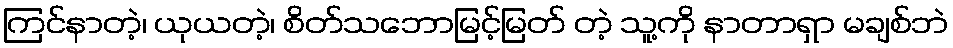
ကြင်နာတဲ့၊ ယုယတဲ့၊ စိတ်သဘောမြင့်မြတ် တဲ့ သူ့ကို နာတာရှာ မချစ်ဘဲ